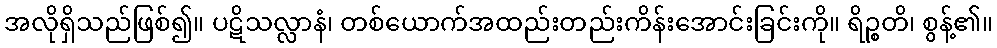
အလိုရှိသည်ဖြစ်၍။ ပဋိသလ္လာနံ၊ တစ်ယောက်အထည်းတည်းကိန်းအောင်းခြင်းကို။ ရိဉ္စတိ၊ စွန့်၏။